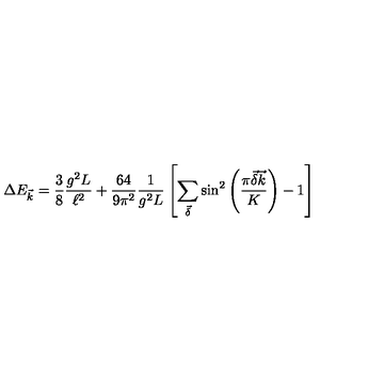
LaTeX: \Delta E _ { \vec { k } } = \frac { 3 } { 8 } \frac { g ^ { 2 } L } { \ell ^ { 2 } } + \frac { 6 4 } { 9 \pi ^ { 2 } } \frac { 1 } { g ^ { 2 } L } \left[ \sum _ { \vec { \delta } } \sin ^ { 2 } \left( \frac { \pi \vec { \delta } \vec { k } } { K } \right) - 1 \right]